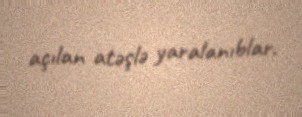
açılan atəşlə yaralanıblar.